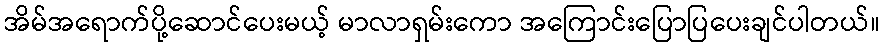
အိမ်အရောက်ပို့ဆောင်ပေးမယ့် မာလာရှမ်းကော အကြောင်းပြောပြပေးချင်ပါတယ်။